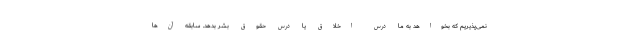
نمی‌پذیریم که بخواهد به ما درس اخلاق یا درس حقوق بشر بدهد. سابقه آن‌ها